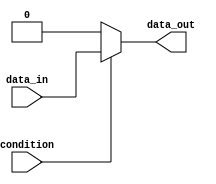
module if_else_statement (
  input wire condition,
  input wire data_in,
  output reg data_out
);

  always @* begin
    if (condition) begin
      data_out <= data_in;
    end
    else begin
      data_out <= 0;
    end
  end

endmodule